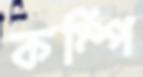
কম্পি